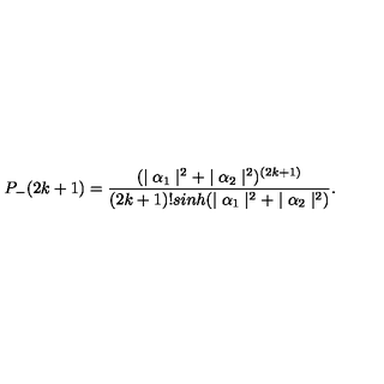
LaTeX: P _ { - } ( 2 k + 1 ) = \frac { ( \mid \alpha _ { 1 } \mid ^ { 2 } + \mid \alpha _ { 2 } \mid ^ { 2 } ) ^ { ( 2 k + 1 ) } } { ( 2 k + 1 ) ! s i n h ( \mid \alpha _ { 1 } \mid ^ { 2 } + \mid \alpha _ { 2 } \mid ^ { 2 } ) } .